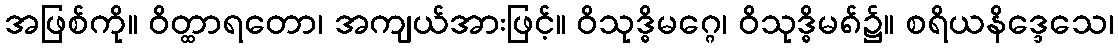
အဖြစ်ကို။ ဝိတ္ထာရတော၊ အကျယ်အားဖြင့်။ ဝိသုဒ္ဓိမဂ္ဂေ၊ ဝိသုဒ္ဓိမ၈်၌။ စရိယနိဒ္ဒေသေ၊